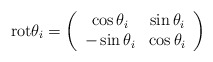
\begin{align*}{\rm rot} \theta_i = \left(\begin{array}{cc}\cos \theta_i & \sin \theta_i \\-\sin \theta_i & \cos \theta_i \\\end{array}\right)\end{align*}